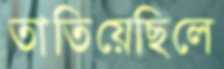
তাতিয়েছিলে